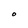
Character: O